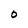
Character: O